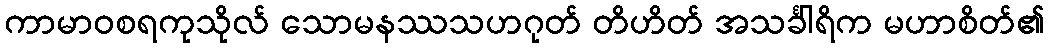
ကာမာဝစရကုသိုလ် သောမနဿသဟဂုတ် တိဟိတ် အသင်္ခါရိက မဟာစိတ်၏